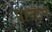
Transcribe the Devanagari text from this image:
पारटन